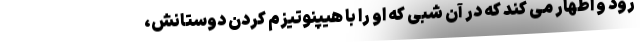
رود و اظهار می کند که در آن شبی که او را با هیپنوتیزم کردن دوستانش،